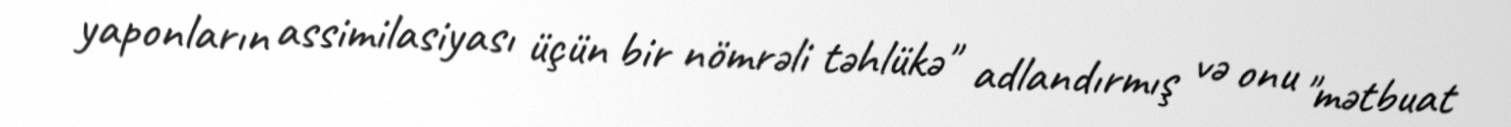
yaponların assimilasiyası üçün bir nömrəli təhlükə" adlandırmış və onu "mətbuat